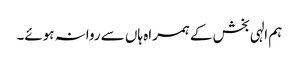
ہم الہی بخش کے ہمراہ ہاں سے روانہ ہوئے۔